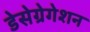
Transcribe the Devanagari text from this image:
डेसेग्रेगेशन